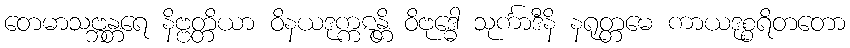
တေမာသဗ္ဘန္တရေ နိဗ္ဗတ္တိယာ ဝိနယဒုက္ကဋန္တိ ဝိဗုဒ္ဓေါ သုင်္ကာဒီနိ နရုတ္တမေ ကာယဒုစ္စရိတတော